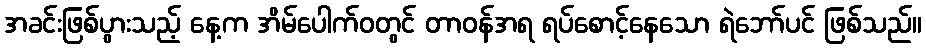
အခင်းဖြစ်ပွားသည့် နေ့က အိမ်ပေါက်ဝတွင် တာဝန်အရ ရပ်စောင့်နေသော ရဲဘော်ပင် ဖြစ်သည်။